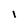
Character: i